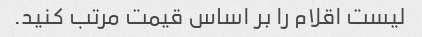
لیست اقلام را بر اساس قیمت مرتب کنید.